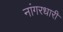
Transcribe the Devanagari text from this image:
नांगरधारी